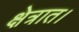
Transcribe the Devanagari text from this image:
क्षेत्रात।